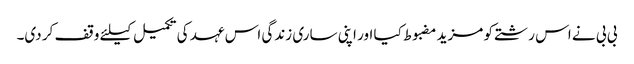
بی بی نے اس رشتے کو مزید مضبوط کیا اور اپنی ساری زندگی اس عہد کی تکمیل کیلئے وقف کر دی۔